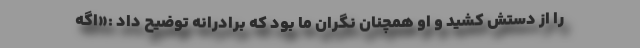
را از دستش کشید و او همچنان نگران ما بود که برادرانه توضیح داد :«اگه